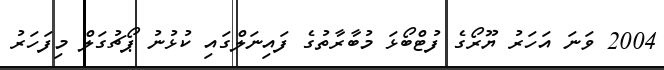
2004 ވަނަ އަހަރު ޔޫރޯގެ ފުޓްބޯޅަ މުބާރާތުގެ ފައިނަލްގައި ކުޅުނު ޕޯޗުގަލް މިފަހަރު